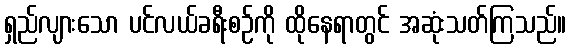
ရှည်လျားသော ပင်လယ်ခရီးစဉ်ကို ထိုနေရာတွင် အဆုံးသတ်ကြသည်။